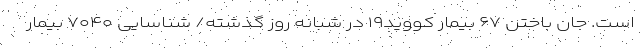
است. جان باختن ۶۷ بیمار کووید۱۹ در شبانه روز گذشته/ شناسایی ۷۰۴۰ بیمار